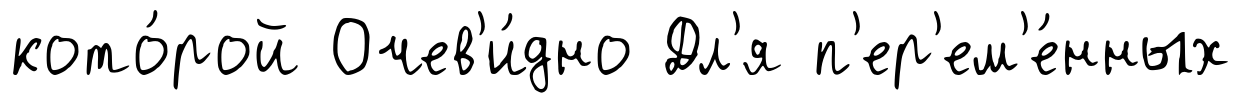
кото́рой Очев'и́дно Дл'я п'ер'ем'е́нных